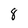
Character: 8